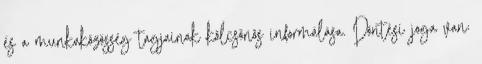
és a munkaközösség tagjainak kölcsönös informálása. Döntési joga van: